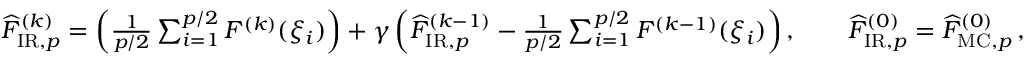
\begin{array} { r } { \widehat { F } _ { \mathrm { I R } , p } ^ { ( k ) } = \left( \frac { 1 } { p / 2 } \sum _ { i = 1 } ^ { p / 2 } F ^ { ( k ) } ( \xi _ { i } ) \right) + \gamma \left( \widehat { F } _ { \mathrm { I R } , p } ^ { ( k - 1 ) } - \frac { 1 } { p / 2 } \sum _ { i = 1 } ^ { p / 2 } F ^ { ( k - 1 ) } ( \xi _ { i } ) \right) , \qquad \widehat { F } _ { \mathrm { I R } , p } ^ { ( 0 ) } = \widehat { F } _ { \mathrm { M C } , p } ^ { ( 0 ) } \, , } \end{array}